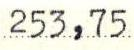
253,75